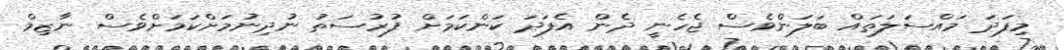
މިފަދަ މައްސަލަތައް ބަލަންވެސް ޖެހެނީ ދެން އެފަދަ ކަންކަމަށް ފުރުސަތު ނުދިނުމަށްކަމަށްވެސް ނާޒިމް